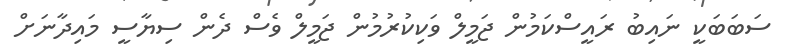
ސަބަބަކީ ނައިބު ރައީސްކަމުން ޖަމީލް ވަކިކުރުމުން ޖަމީލް ވެސް ދެން ސިޔާސީ މައިދާނަށް